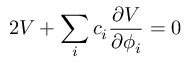
2 V + \sum _ { i } c _ { i } { \frac { \partial V } { \partial \phi _ { i } } } = 0